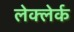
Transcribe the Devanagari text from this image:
लेक्लेर्क